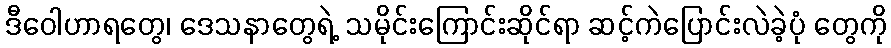
ဒီဝေါဟာရတွေ၊ ဒေသနာတွေရဲ့ သမိုင်းကြောင်းဆိုင်ရာ ဆင့်ကဲပြောင်းလဲခဲ့ပုံ တွေကို